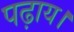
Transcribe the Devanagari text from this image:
पढ़ाय।